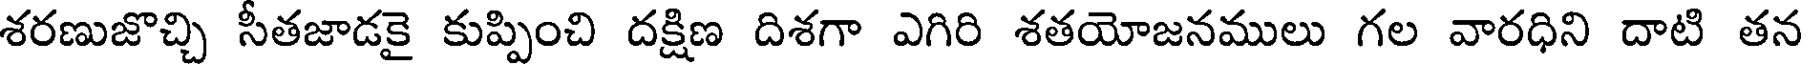
శరణుజొచ్చి సీతజాడకై కుప్పించి దక్షిణ దిశగా ఎగిరి శతయోజనములు గల వారధిని దాటి తన